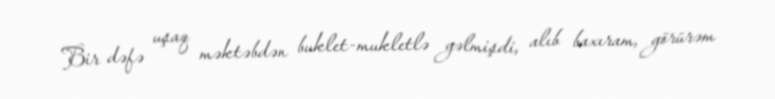
Bir dəfə uşaq məktəbdən buklet-mukletlə gəlmişdi, alıb baxıram, görürəm